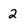
Character: 2